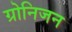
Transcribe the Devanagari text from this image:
ग्रोनिजन